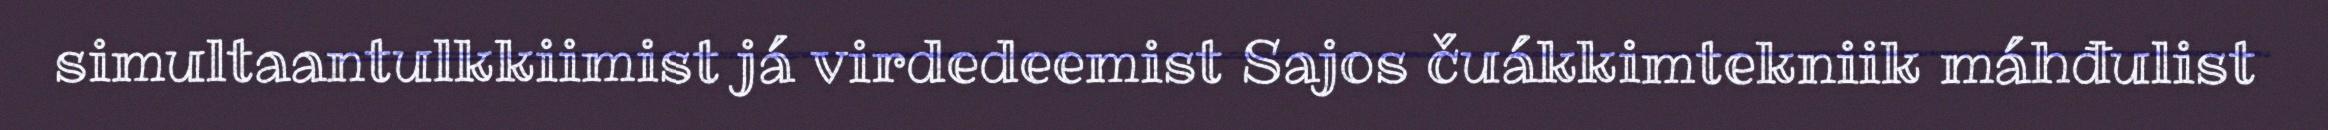
simultaantulkkiimist já virdedeemist Sajos čuákkimtekniik máhđulist